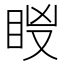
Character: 𥅢